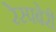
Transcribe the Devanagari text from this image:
रेस्पबेरी